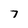
Character: 7